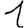
Digit: 1